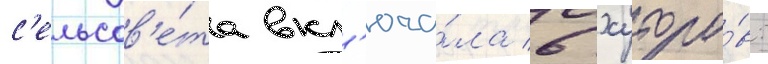
с'ельсов'е́та вкл'юча́ла 6 хуторо́в: